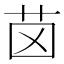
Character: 𦭤